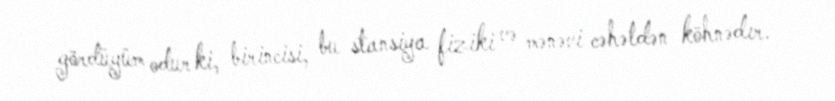
gördüyüm odur ki, birincisi, bu stansiya fiziki və mənəvi cəhətdən köhnədır.